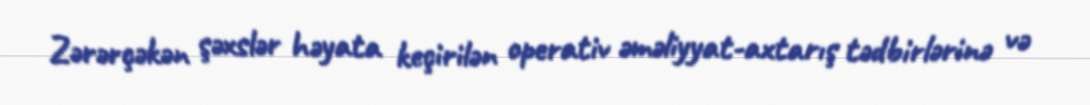
Zərərçəkən şəxslər həyata keçirilən operativ əməliyyat-axtarış tədbirlərinə və